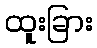
ထူးခြား